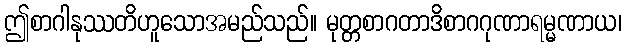
ဤစာဂါနုဿတိဟူသောအမည်သည်။ မုတ္တစာဂတာဒိစာဂဂုဏာရမ္မဏာယ၊